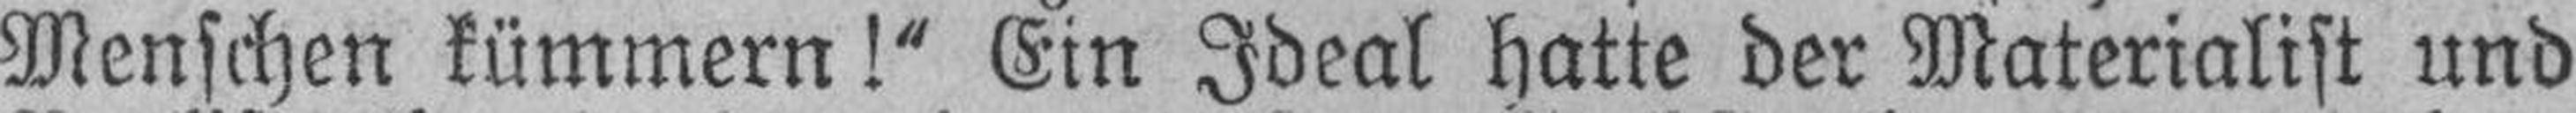
Menschen kümmern!“ Ein Ideal hatte der Materialist und